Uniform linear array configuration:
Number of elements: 24
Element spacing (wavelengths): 0.25
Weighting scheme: cosine
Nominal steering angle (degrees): -60
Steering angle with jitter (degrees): -58.288
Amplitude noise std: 0.05
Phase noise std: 0.05

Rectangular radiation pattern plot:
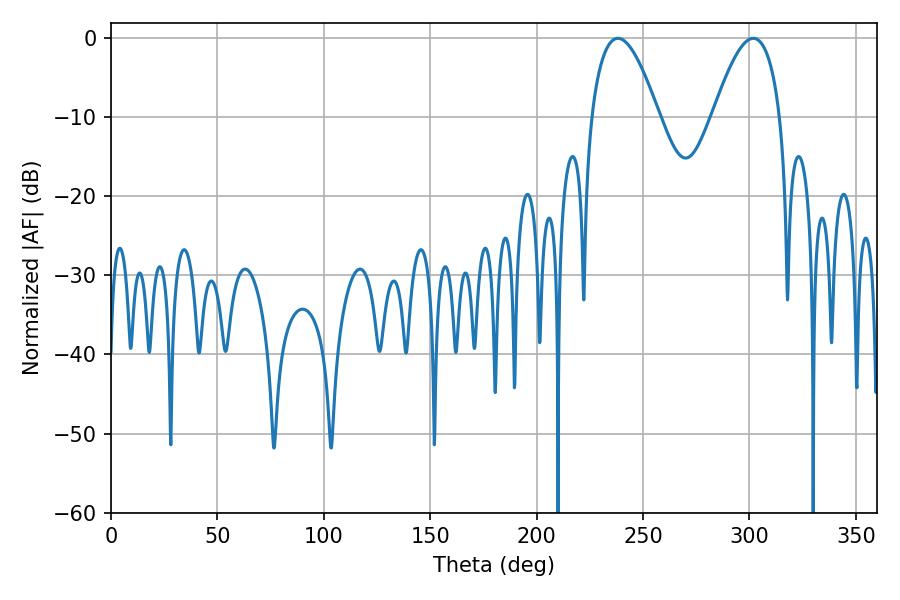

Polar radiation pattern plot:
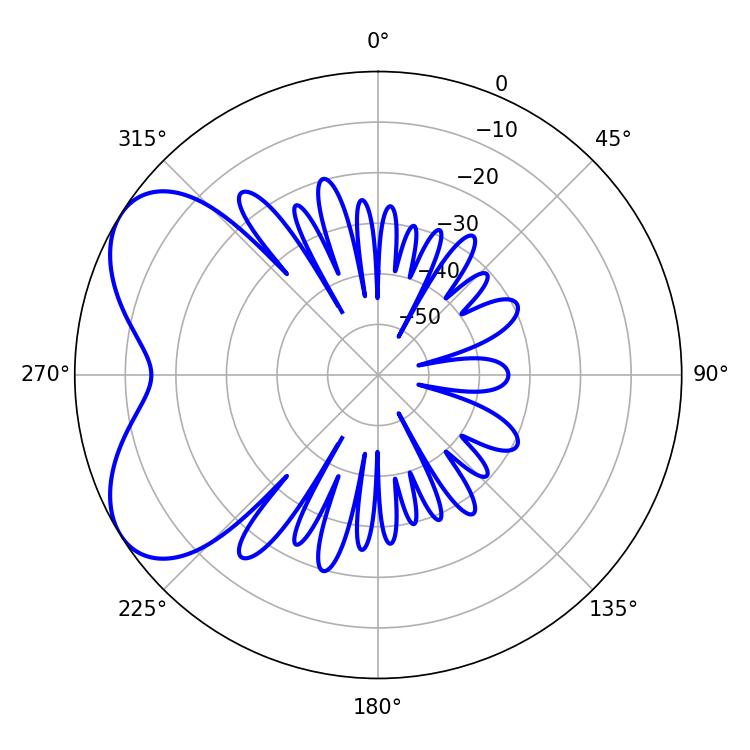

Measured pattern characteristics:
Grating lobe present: FALSE
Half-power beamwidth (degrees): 17.46
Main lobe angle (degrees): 301.86